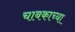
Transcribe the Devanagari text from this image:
चाबकाच्या